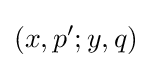
(x,p';y,q)